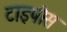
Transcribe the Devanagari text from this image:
टाइपोस